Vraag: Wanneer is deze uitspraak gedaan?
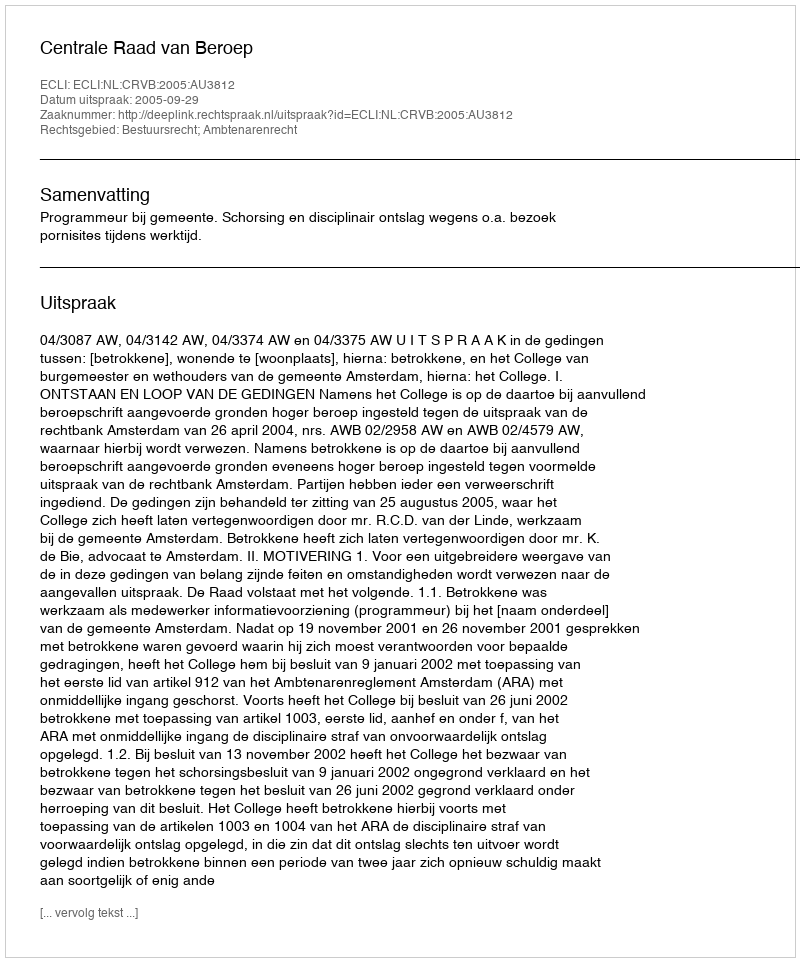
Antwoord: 2005-09-29